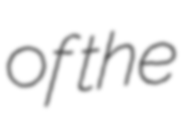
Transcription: of the